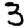
Digit: 3